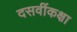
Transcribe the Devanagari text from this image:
दसवींकक्षा